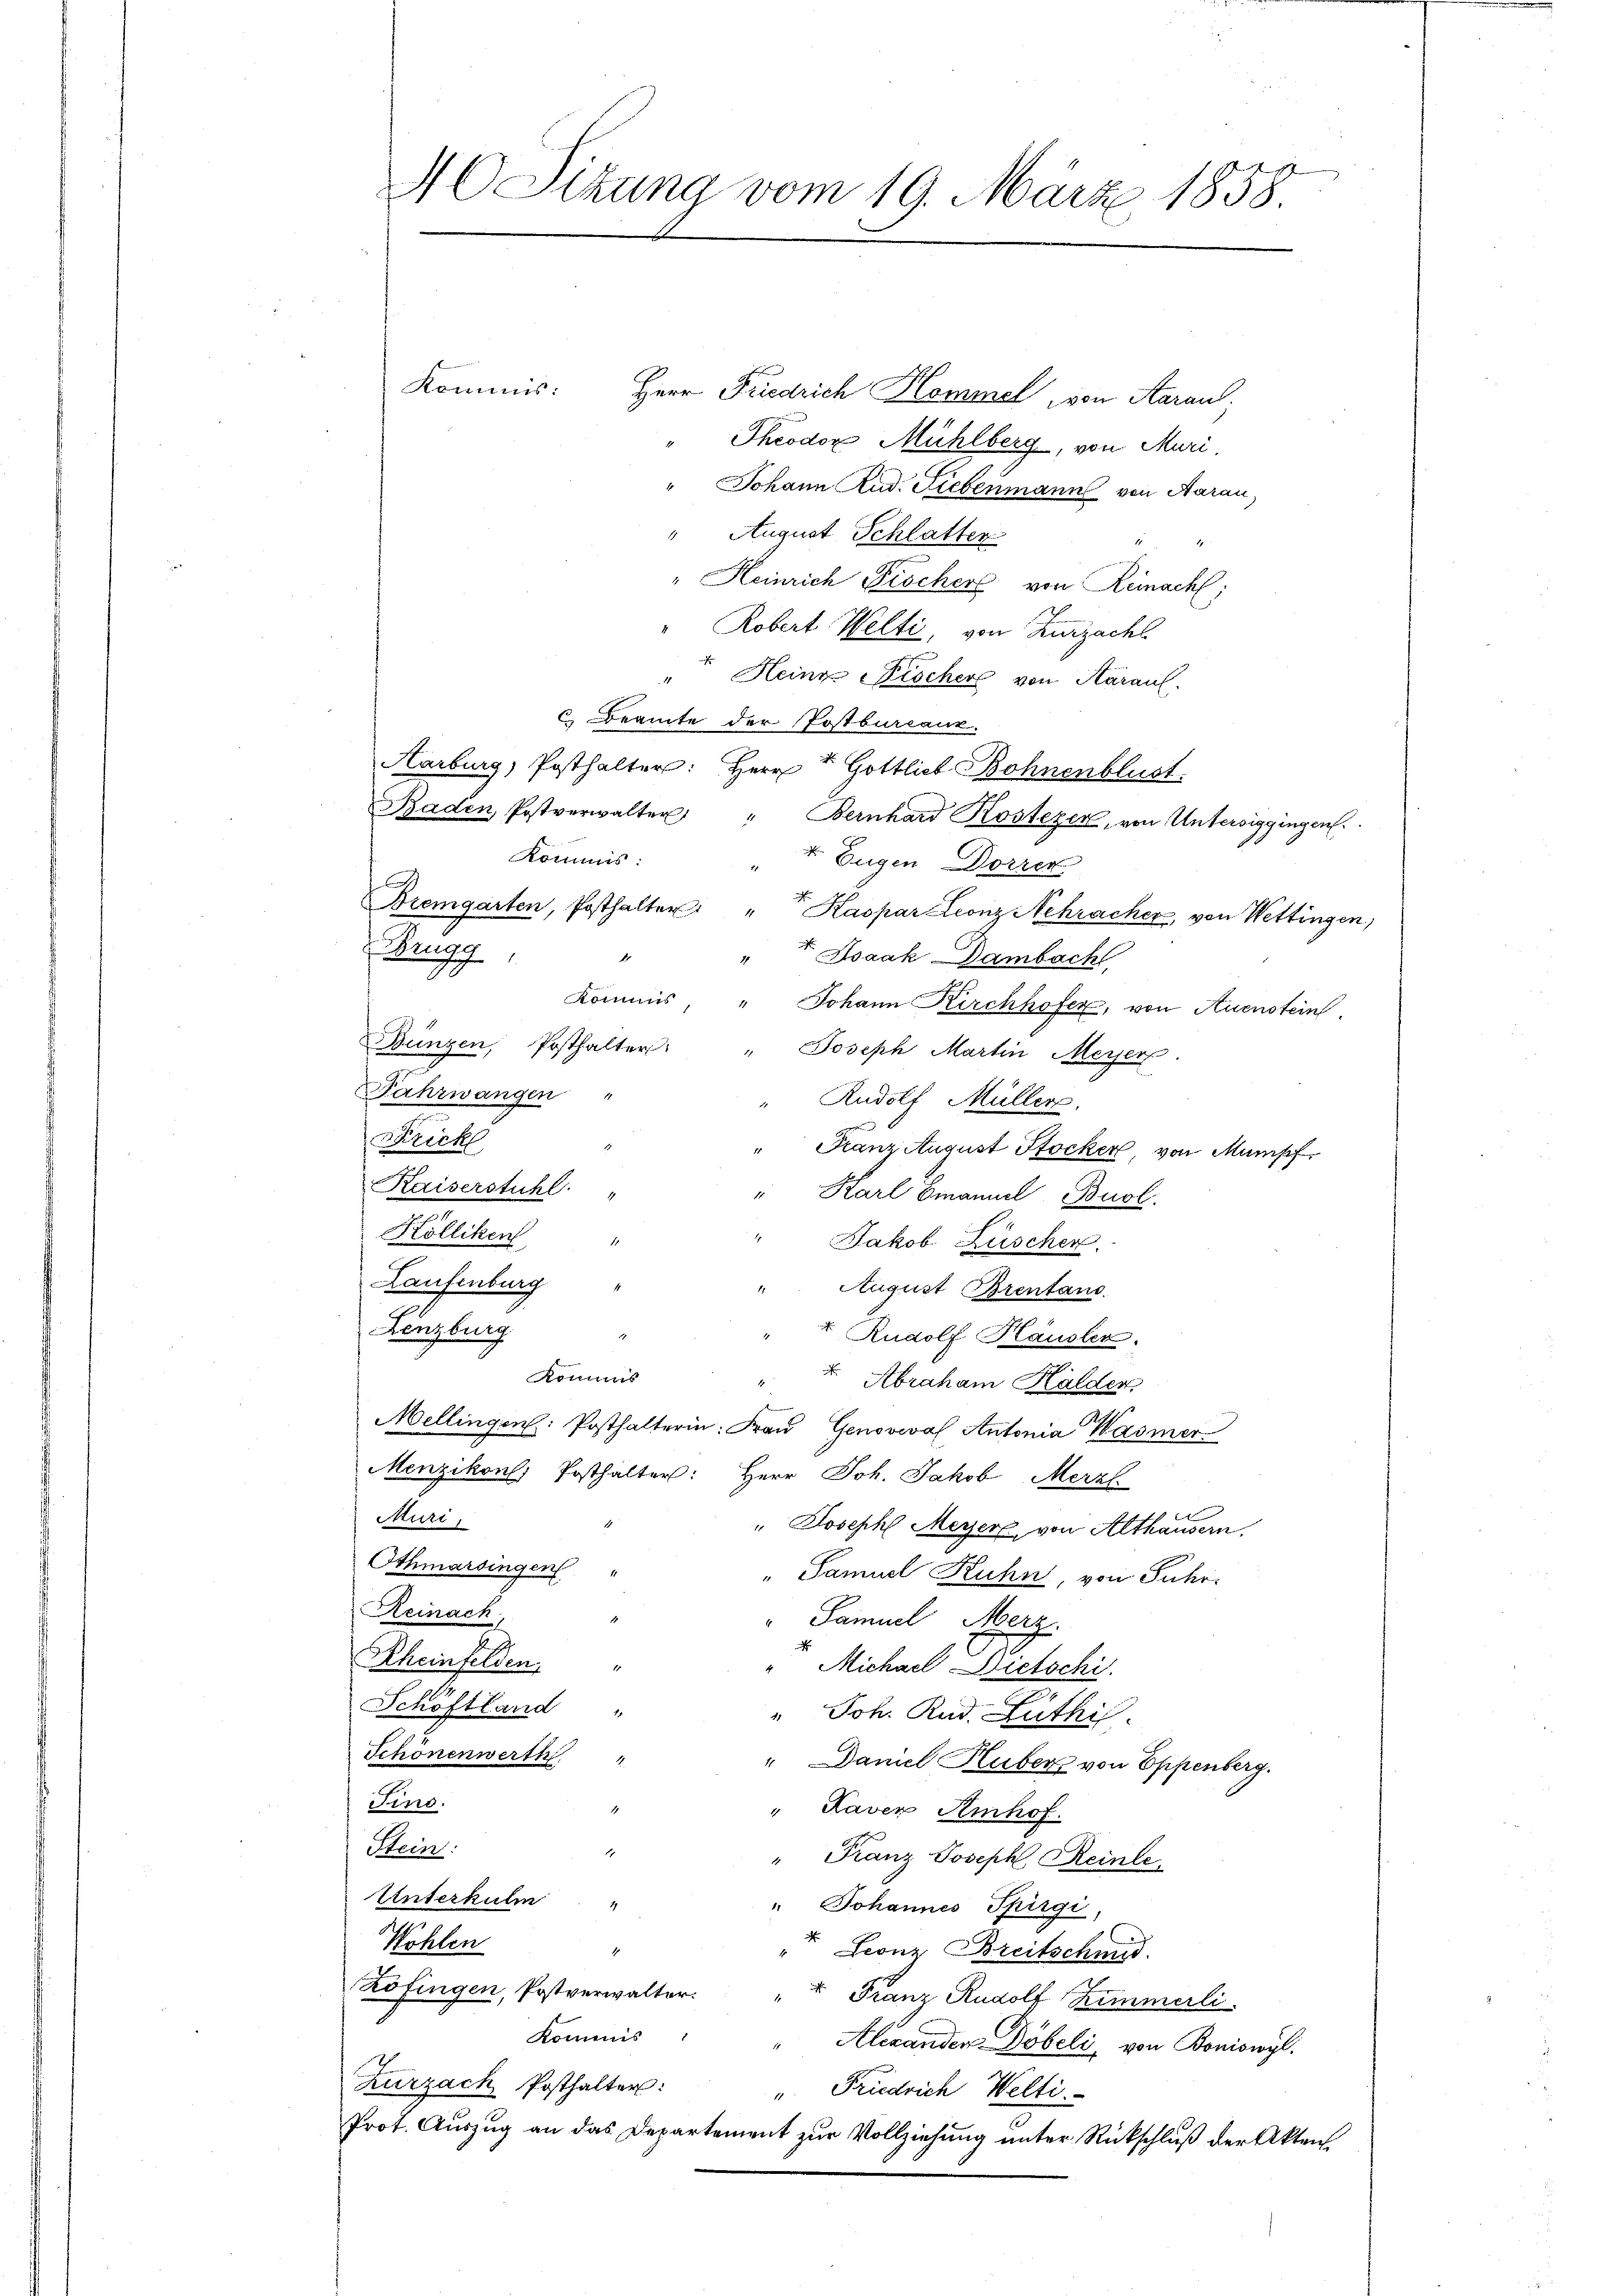
40 Sitzung vom 19. März 1858.

Kommis:
Herr Friedrich Kommel von Aaraus,
Theodor Mühlberg, von Muri
" Johann Rud. Liebenmann von Aarau,
" August Schlatten.
" Heinrich Fischer von Reinach;
" Robert Welti, von Zurzachl
" Heinz Fischer von Karauf.
C. Beamte der Postburcanz
Karburg, Posthalter: Herr Gottlich Bohnenblust.
Baden Postverwalter " Bernhard Kostezer, von Untersiggingen.
Kommis:
t Eugen Dorren
Bremgarten, Posthalter: " Kaspar Leonz Schracher, von Wettingen,
Brugg,
" Isaak DDambach
1
Kommis, " Johann Kirchhofer, von Auenstein
Bungen, Posthalter: " Joseph Martin Meyers.
Fahrwangen
" Rudolf Müller.
Frickl
" Kranz August Stocker, von Mumpf
Kaiserstuhl.
" Karl Emanuel Buol.
Kölliken "
" Jakob Lüschen.
Laufenburg
" August Brentans.
Lenzburg.
2
Rudolf Häusler.
Kommis
t. Abraham Halden
2
Mellingen: Posthalterin: Frau Genoveval Antonia Wasmer
Menzikon) Posthalter: Herr Joh. Jakob Merzl
Muri,
" Joseph Meyer von Althausern.
Othmarsingen
" Samuel Kuhn, von Fuhr
Reinach
Samuel Merz
Rheinfelden
Michael Dietschi
Schöftland
" Joh. Rud. Rüthi
Schönenwerth "
" Daniel Huber von Eppenberg.
Fino.
" Kaver Amhof.
Stein:
1
" Franz Joseph Reinle
Unterkulm "
" Johannes Spirgi,
Kohlen
4
" Leonz Breitscheid
Zofingen, Postverwalter: " " Franz Rudolf Zimmerli
Kommis
Alexanden Döbeli, von Boniswyl.
Zurzach Posthalter:
" Friedrich Welti.
Prot. Auszug an das Departement zur Vollziehung unter Rückschluß der Akten.